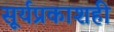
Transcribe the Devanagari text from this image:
सूर्यप्रकाशही